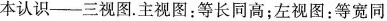
本认识——三视图。主视图：等长同高；左视图：等宽同